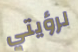
لرؤيتي